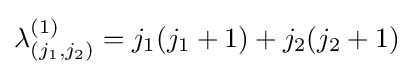
\lambda _{(j_{1},j_{2})}^{(1)}=j_{1}(j_{1}+1)+j_{2}(j_{2}+1)